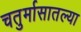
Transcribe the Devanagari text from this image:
चतुर्मासातल्या